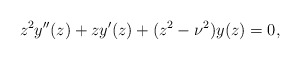
\begin{align*}z^2y''(z)+zy'(z)+(z^2-\nu^2)y(z)=0,\end{align*}